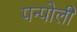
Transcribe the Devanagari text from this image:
पन्पोली